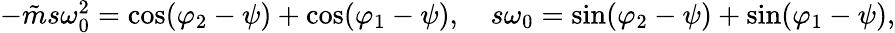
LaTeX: \begin{array}{r}{-\tilde{m}s\omega_{0}^{2}=\cos(\varphi_{2}-\psi)+\cos(\varphi_{1}-\psi),\quad s\omega_{0}=\sin(\varphi_{2}-\psi)+\sin(\varphi_{1}-\psi),}\end{array}